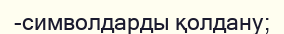
-символдарды қолдану;